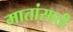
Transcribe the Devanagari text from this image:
मातांसाठी